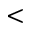
<